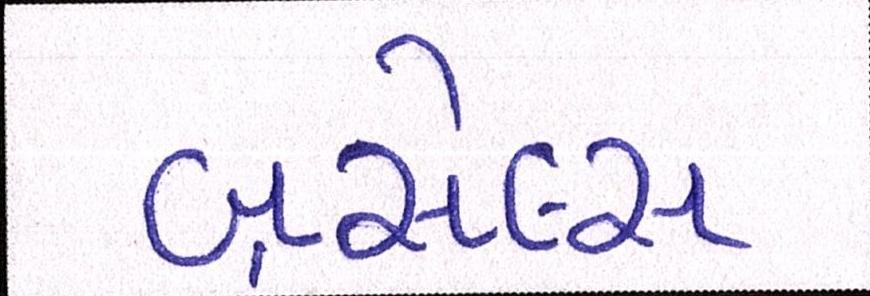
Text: બ્રસેલ્સ